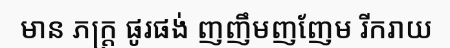
មាន ភក្ត្រ ផូរផង់ ញញឹមញញែម រីករាយ